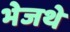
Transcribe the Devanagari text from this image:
भेजथे